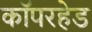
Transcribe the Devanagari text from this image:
कॉपरहेड